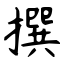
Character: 撰